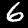
Label: 6